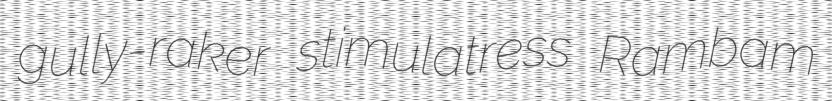
gully-raker stimulatress Rambam